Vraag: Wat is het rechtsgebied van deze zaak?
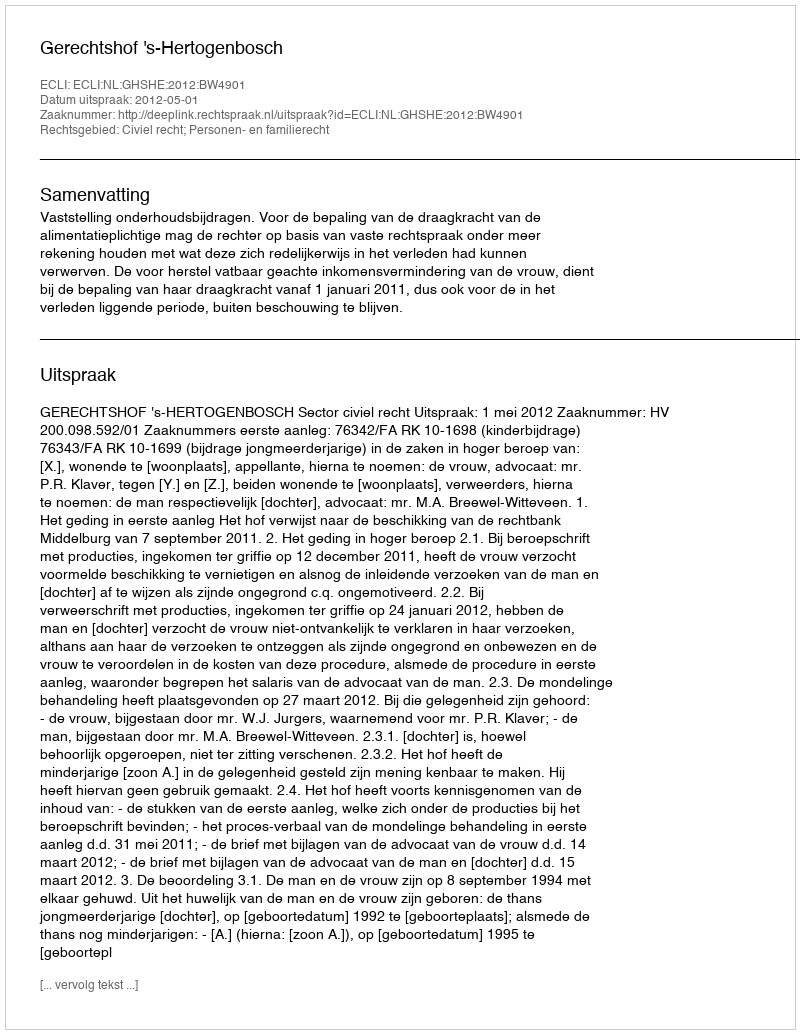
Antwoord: Civiel recht; Personen- en familierecht